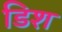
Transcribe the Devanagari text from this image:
डिश